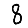
Digit: 8